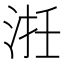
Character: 𣵱